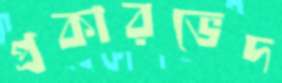
প্রকারভেদ